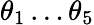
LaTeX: \theta_{1}\dots\theta_{5}